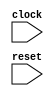
module toplevel(clock,reset);
  input clock;
  input reset;

  reg flop1;
  reg flop2;

  always @ (posedge reset or posedge clock)
    if (reset)
      begin
        flop1 <= 0;
        flop2 <= 1;
      end
    else
      begin
        flop1 <= flop2;
        flop2 <= flop1;
      end
endmodule